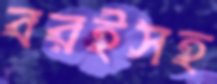
বরইসহ